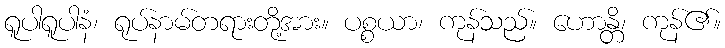
ရူပါရူပါနံ၊ ရုပ်နာမ်တရားတို့အား။ ပစ္စယာ၊ ကုန်သည်။ ဟောန္တိ၊ ကုန်၏။